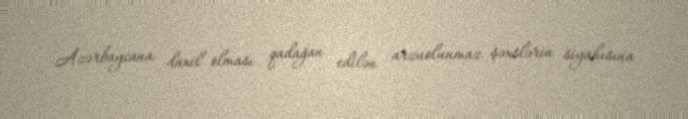
Azərbaycana daxil olması qadağan edilən arzuolunmaz şəxslərin siyahısına